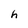
Character: h